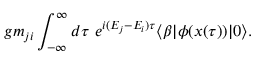
g m _ { j i } \int _ { - \infty } ^ { \infty } d \tau \ e ^ { i ( E _ { j } - E _ { i } ) \tau } \langle \beta | \phi ( x ( \tau ) ) | 0 \rangle .